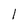
Character: I